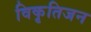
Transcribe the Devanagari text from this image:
विकृतिजन